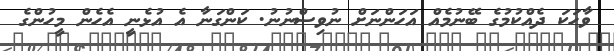
ވާހަކަ ދެއްކުމުގެ ބޭނުމެއް އަހަންނަށް ނުވިސްނުނު. ކަންގަނާ އެ އުޅެނީ އެހެން މީހުންގެ